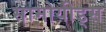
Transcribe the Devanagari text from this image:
सामोयीड्स